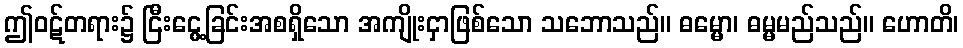
ဤဝဋ်တရား၌ ငြီးငွေ့ခြင်းအစရှိသော အကျိုးငှာဖြစ်သော သဘောသည်။ ဓမ္မော၊ ဓမ္မမည်သည်။ ဟောတိ၊